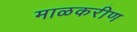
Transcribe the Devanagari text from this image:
माळकरीण